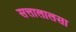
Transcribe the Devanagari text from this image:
सत्तालालसा